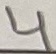
Text: 4